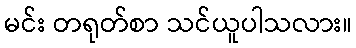
မင်း တရုတ်စာ သင်ယူပါသလား။